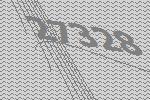
27328